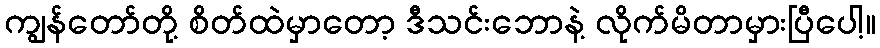
ကျွန်တော်တို့ စိတ်ထဲမှာတော့ ဒီသင်းဘောနဲ့ လိုက်မိတာမှားပြီပေါ့။